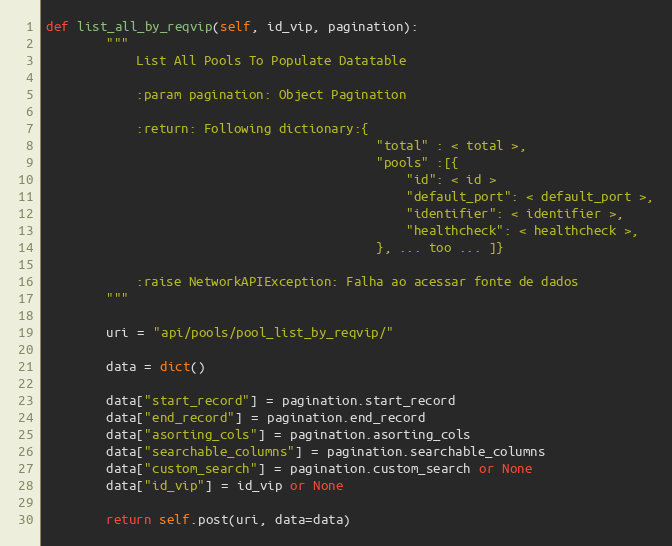
Language: Python
def list_all_by_reqvip(self, id_vip, pagination):
        """
            List All Pools To Populate Datatable

            :param pagination: Object Pagination

            :return: Following dictionary:{
                                            "total" : < total >,
                                            "pools" :[{
                                                "id": < id >
                                                "default_port": < default_port >,
                                                "identifier": < identifier >,
                                                "healthcheck": < healthcheck >,
                                            }, ... too ... ]}

            :raise NetworkAPIException: Falha ao acessar fonte de dados
        """

        uri = "api/pools/pool_list_by_reqvip/"

        data = dict()

        data["start_record"] = pagination.start_record
        data["end_record"] = pagination.end_record
        data["asorting_cols"] = pagination.asorting_cols
        data["searchable_columns"] = pagination.searchable_columns
        data["custom_search"] = pagination.custom_search or None
        data["id_vip"] = id_vip or None

        return self.post(uri, data=data)